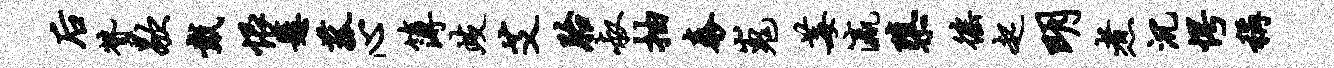
後赞歇戴恨悬菰心簿歧艾胎叔抽泰嵬莓瀛隳徭起明煮沉愕称